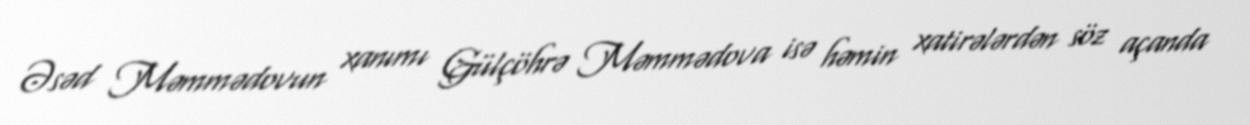
Əsəd Məmmədovun xanımı Gülçöhrə Məmmədova isə həmin xatirələrdən söz açanda